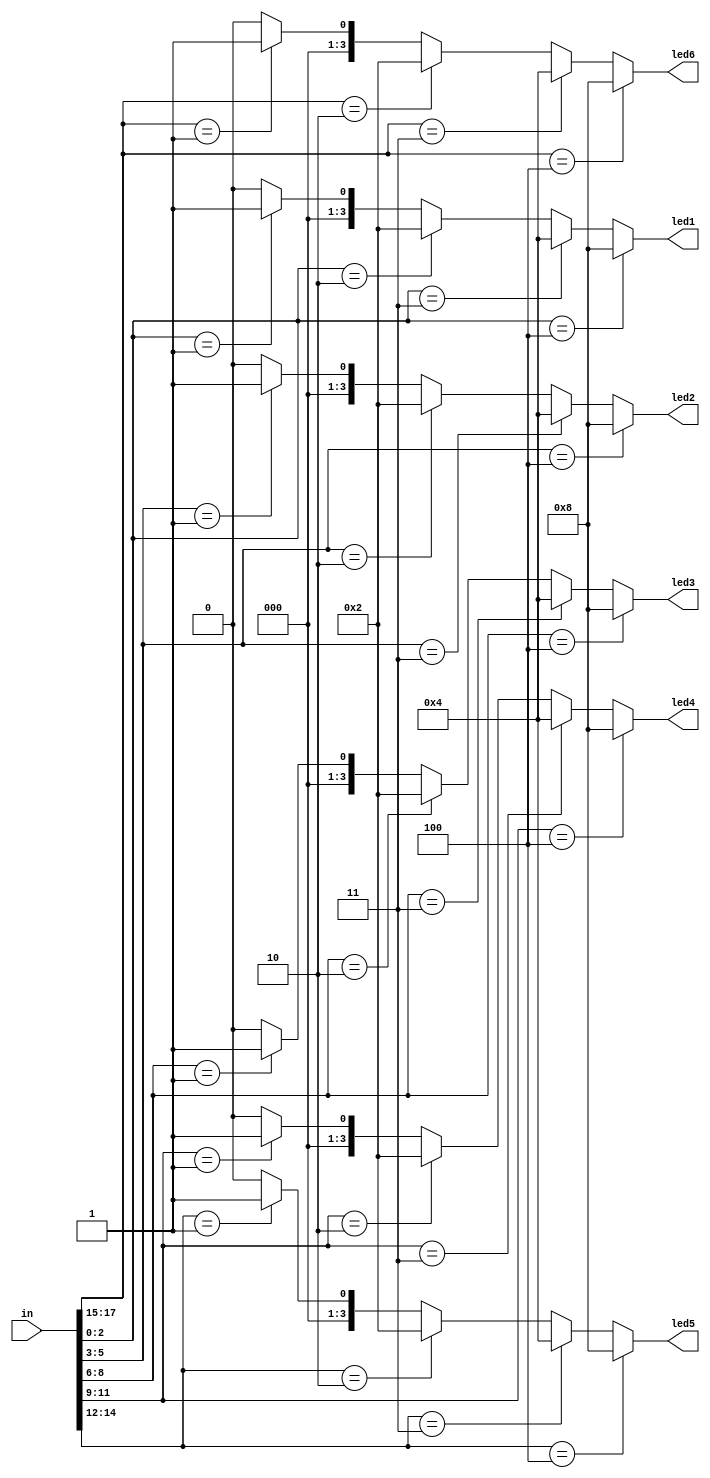
/*
   This file was generated automatically by the Mojo IDE version B1.3.6.
   Do not edit this file directly. Instead edit the original Lucid source.
   This is a temporary file and any changes made to it will be destroyed.
*/

module toled_2 (
    input [17:0] in,
    output reg [3:0] led1,
    output reg [3:0] led2,
    output reg [3:0] led3,
    output reg [3:0] led4,
    output reg [3:0] led5,
    output reg [3:0] led6
  );
  
  
  
  always @* begin
    led1 = 4'h0;
    led2 = 4'h0;
    led3 = 4'h0;
    led4 = 4'h0;
    led5 = 4'h0;
    led6 = 4'h0;
    if (in[0+2-:3] == 3'h0) begin
      led1 = 4'h0;
    end
    if (in[0+2-:3] == 3'h1) begin
      led1 = 4'h1;
    end
    if (in[0+2-:3] == 3'h2) begin
      led1 = 4'h2;
    end
    if (in[0+2-:3] == 3'h3) begin
      led1 = 4'h4;
    end
    if (in[0+2-:3] == 3'h4) begin
      led1 = 4'h8;
    end
    if (in[3+2-:3] == 3'h0) begin
      led2 = 4'h0;
    end
    if (in[3+2-:3] == 3'h1) begin
      led2 = 4'h1;
    end
    if (in[3+2-:3] == 3'h2) begin
      led2 = 4'h2;
    end
    if (in[3+2-:3] == 3'h3) begin
      led2 = 4'h4;
    end
    if (in[3+2-:3] == 3'h4) begin
      led2 = 4'h8;
    end
    if (in[6+2-:3] == 3'h0) begin
      led3 = 4'h0;
    end
    if (in[6+2-:3] == 3'h1) begin
      led3 = 4'h1;
    end
    if (in[6+2-:3] == 3'h2) begin
      led3 = 4'h2;
    end
    if (in[6+2-:3] == 3'h3) begin
      led3 = 4'h4;
    end
    if (in[6+2-:3] == 3'h4) begin
      led3 = 4'h8;
    end
    if (in[9+2-:3] == 3'h0) begin
      led4 = 4'h0;
    end
    if (in[9+2-:3] == 3'h1) begin
      led4 = 4'h1;
    end
    if (in[9+2-:3] == 3'h2) begin
      led4 = 4'h2;
    end
    if (in[9+2-:3] == 3'h3) begin
      led4 = 4'h4;
    end
    if (in[9+2-:3] == 3'h4) begin
      led4 = 4'h8;
    end
    if (in[12+2-:3] == 3'h0) begin
      led5 = 4'h0;
    end
    if (in[12+2-:3] == 3'h1) begin
      led5 = 4'h1;
    end
    if (in[12+2-:3] == 3'h2) begin
      led5 = 4'h2;
    end
    if (in[12+2-:3] == 3'h3) begin
      led5 = 4'h4;
    end
    if (in[12+2-:3] == 3'h4) begin
      led5 = 4'h8;
    end
    if (in[15+2-:3] == 3'h0) begin
      led6 = 4'h0;
    end
    if (in[15+2-:3] == 3'h1) begin
      led6 = 4'h1;
    end
    if (in[15+2-:3] == 3'h2) begin
      led6 = 4'h2;
    end
    if (in[15+2-:3] == 3'h3) begin
      led6 = 4'h4;
    end
    if (in[15+2-:3] == 3'h4) begin
      led6 = 4'h8;
    end
  end
endmodule